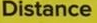
Distance